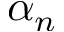
\alpha _ { n }